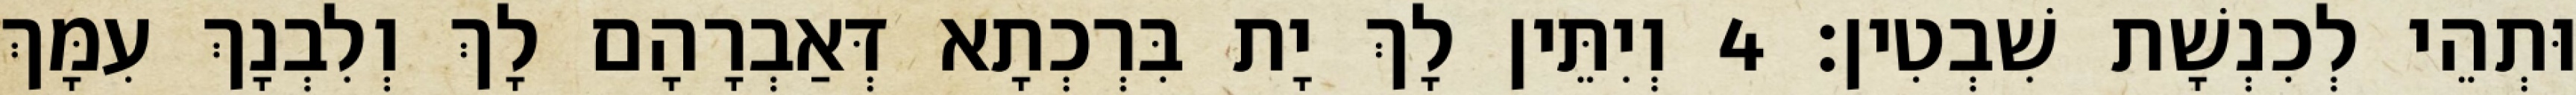
וּתְהֵי לְכִנְשָׁת שִׁבְטִין׃ 4 וְיִתֵּין לָךְ יָת בִּרְכְתָא דְּאַבְרָהָם לָךְ וְלִבְנָךְ עִמָּךְ